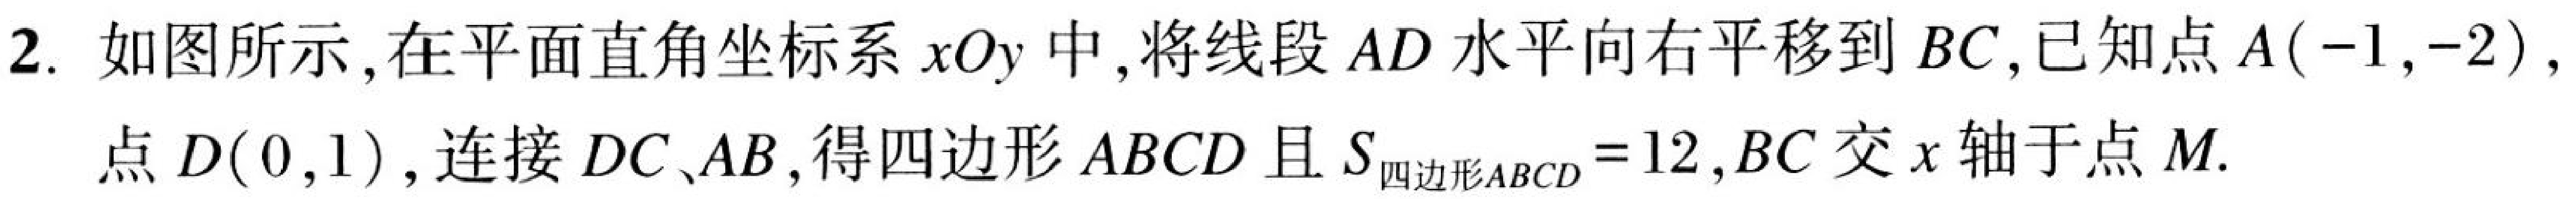
2. 如图所示,在平面直角坐标系\(xOy\)中,将线段\(AD\)水平向右平移到\(BC\),已知点\(A(-1,-2)\),点\(D(0,1)\),连接\(DC、AB\),得四边形\(ABCD\)且\(S_{四边形ABCD}=12\),\(BC\)交\(x\)轴于点\(M\).